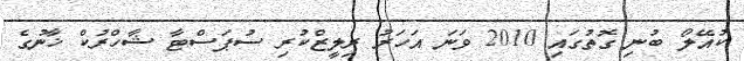
ކުއޭލޯ ބުނި ގޮތުގައި 2010 ވަނަ އަހަރު ރިލީޒްކުރި ސުޕަސްޓާ ޝާހްރުކް ޚާނުގެ